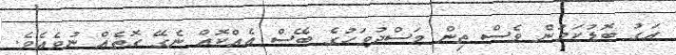
އަގު ބޮޑުކަމުން ވެސް ތިން މަސްދުވަހުގެ ބޭސް އެއްކޮއް ނެގޭ ގޮތެއް ނުވެއެވެ.